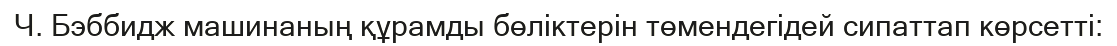
Ч. Бэббидж машинаның құрамды бөліктерін төмендегідей сипаттап көрсетті: